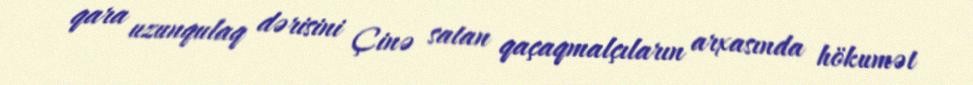
qara uzunqulaq dərisini Çinə satan qaçaqmalçıların arxasında hökumət